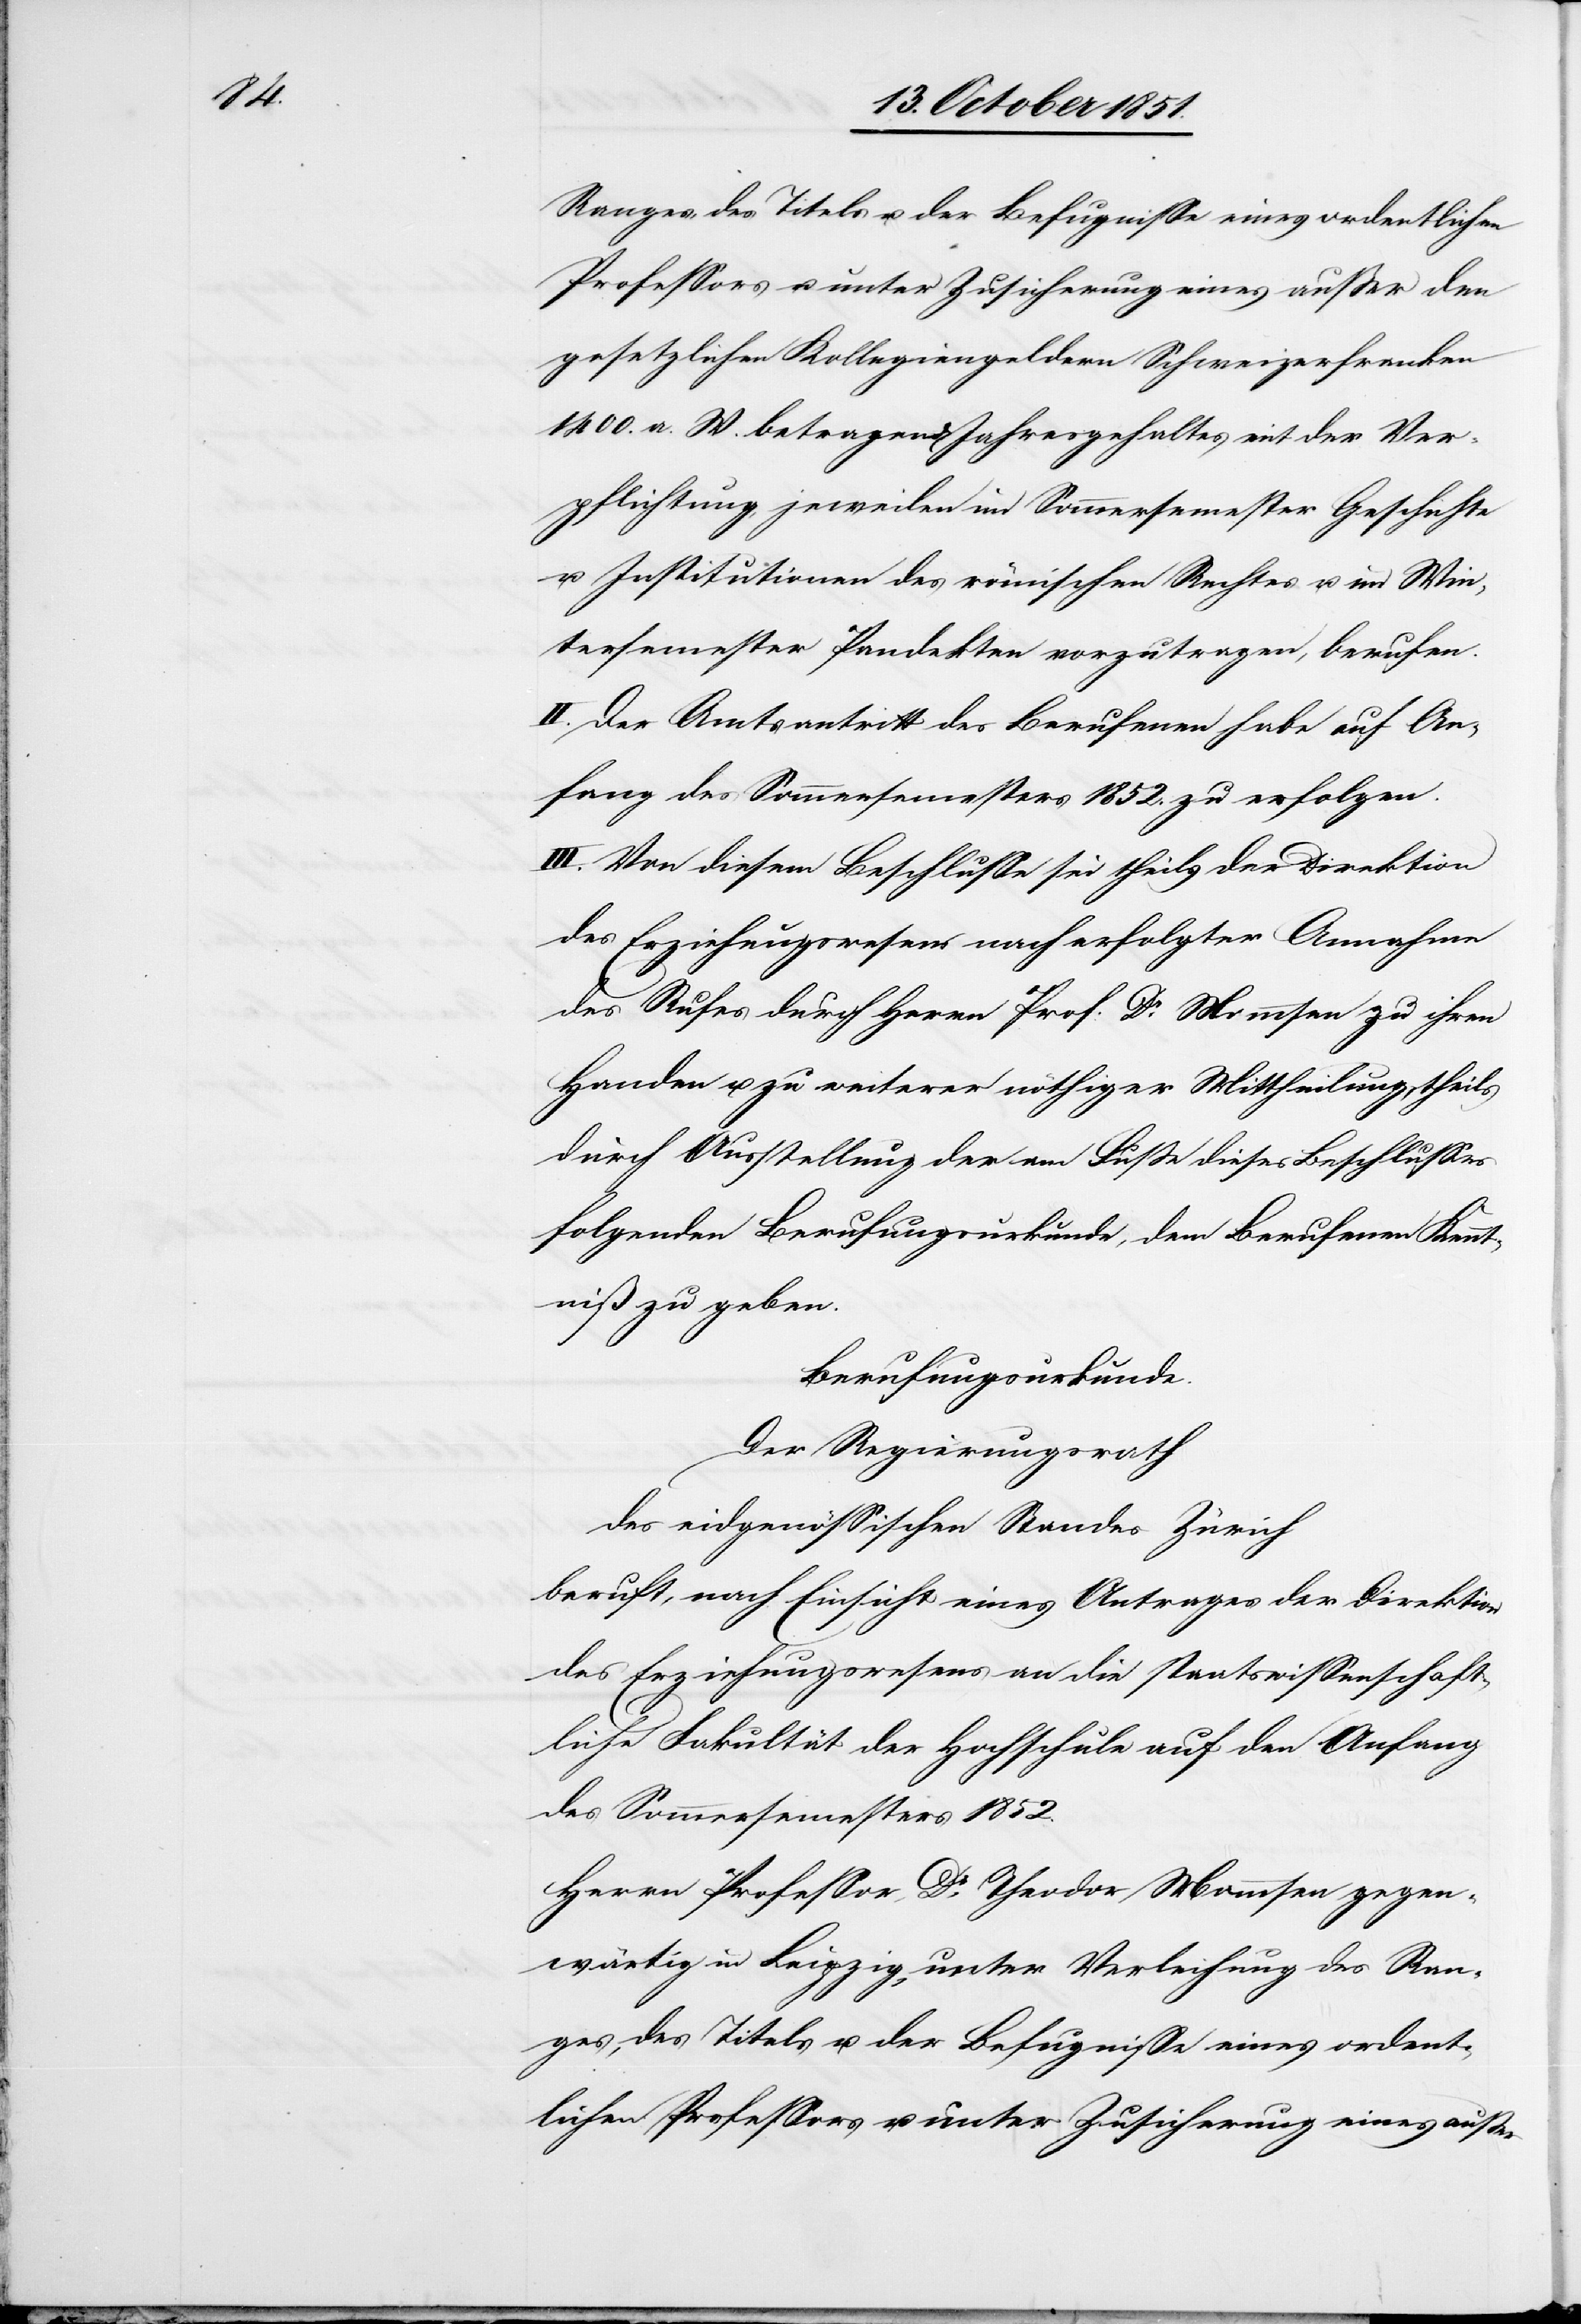
Ranges, des Titels u. der Befugnisse eines ordentlichen
Professors u. unter Zusicherung eines außer den
gesetzlichen Kollegiengeldern Schweizerfranken
1400. a. W. betragend[en] Jahresgehaltes mit der Ver¬
pflichtung, jeweilen im Sommersemester Geschichte
u. Institutionen des römischen Rechtes u. im Win¬
tersemester Pandekten vorzutragen, berufen.
II. Der Amtsantritt des Berufenen habe auf An¬
fang des Sommersemesters 1852. zu erfolgen.
III. Von diesem Beschlusse sei theils der Direktion
des Erziehungswesens nach erfolgter Annahme
des Rufes durch Herrn Prof: Dr. Mommsen zu ihren
Handen u. zu weiterer nöthiger Mittheilung, theils
durch Ausstellung der am Fuße dieses Beschlusses
folgenden Berufungsurkunde, dem Berufenen Kennt¬
niß zu geben.
Berufungsurkunde.
Der Regierungsrath
des eidgenössischen Standes Zürich
beruft, nach Einsicht eines Antrages der Direktion
des Erziehungswesens an die staatswissenschaft¬
liche Fakultät der Hochschule auf den Anfang
des Sommersemesters 1852.
Herrn Professor Dr. Theodor Mommsen gegen¬
wärtig in Leipzig, unter Verleihung des Ran¬
ges, des Titels u. der Befugnisse eines ordent¬
lichen Professors u. unter Zusicherung eines außer